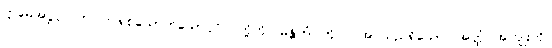
ဣမေအဋ္ဌပုဂ္ဂလာ၊ ဤရှစ်ယောက်သောပုဂ္ဂိုလ်တို့ကို။ မန္တိတံ၊ တိုင်ပင်အပ်သည်ရှိသော်။ အတ္ထံ၊ အကျိုးကို။